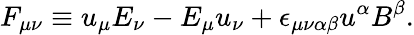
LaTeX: F_{\mu\nu}\equiv u_{\mu}E_{\nu}-E_{\mu}u_{\nu}+\epsilon_{\mu\nu\alpha\beta}u^{\alpha}B^{\beta}.